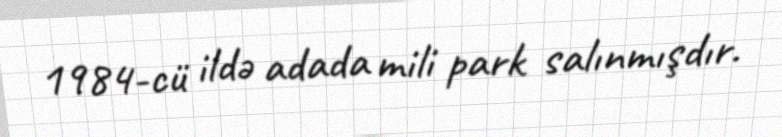
1984-cü ildə adada mili park salınmışdır.